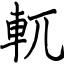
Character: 軏